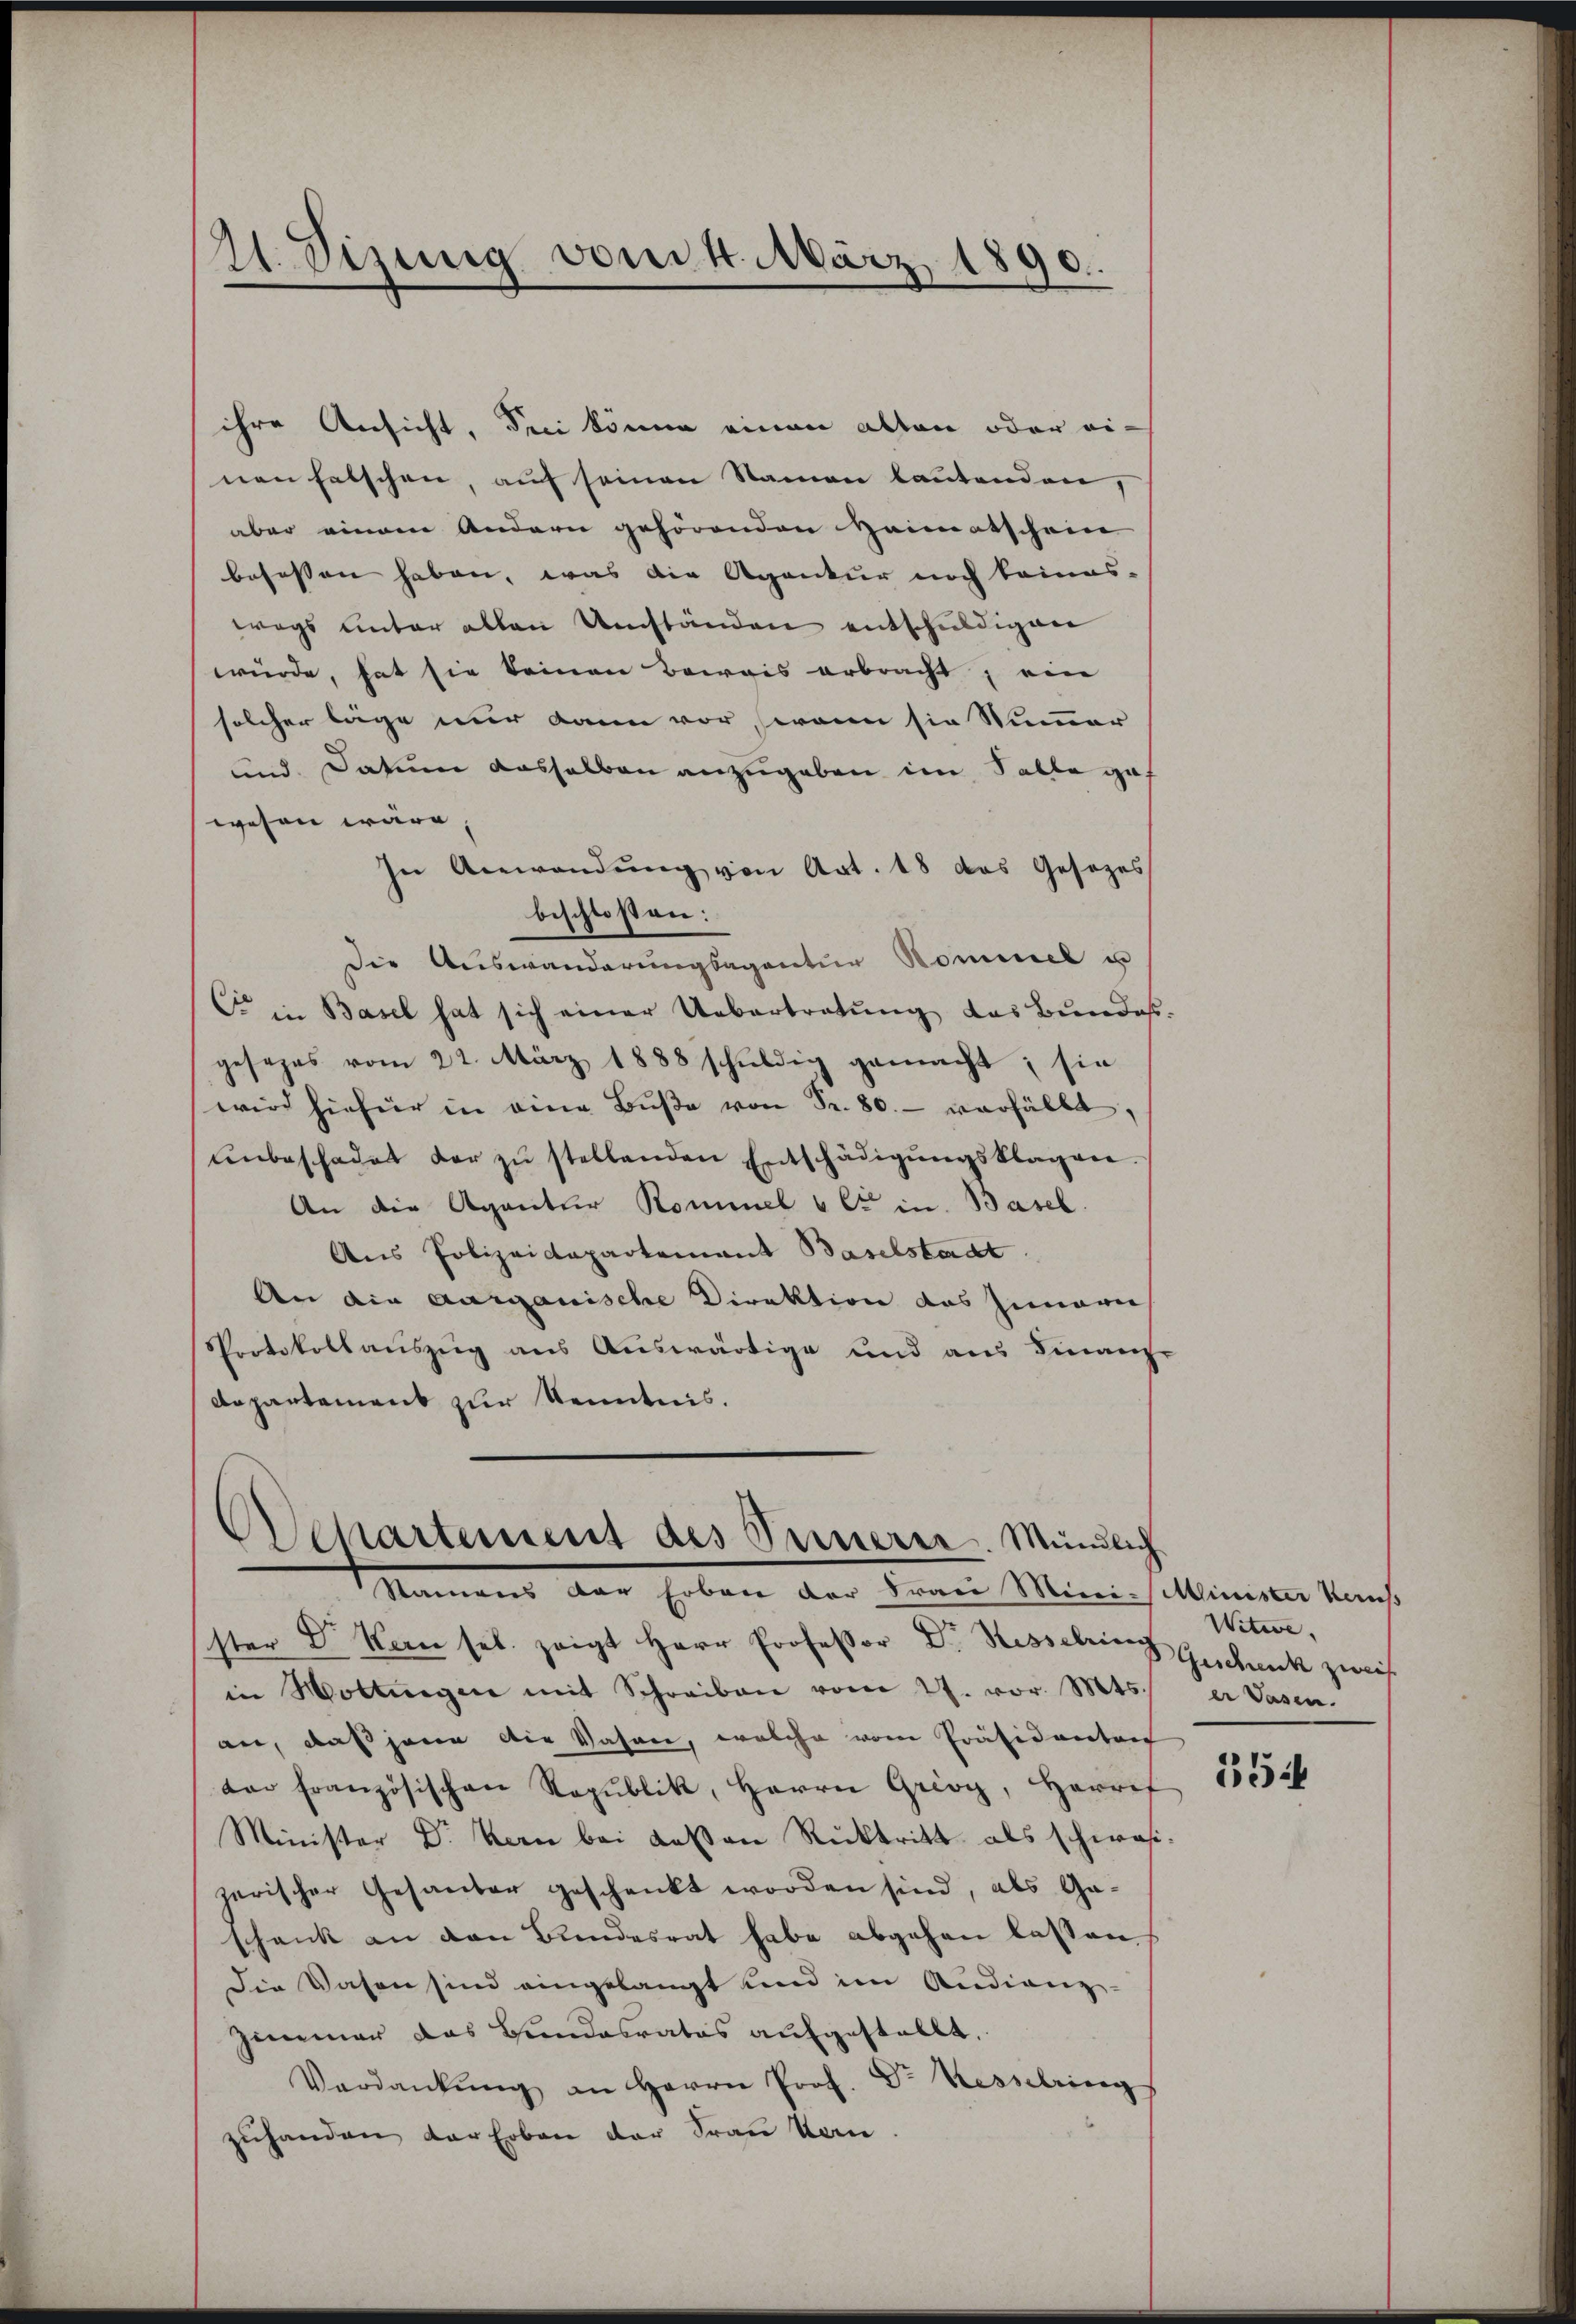
21. Sizung vom 4. März 1890.

ihre Ansicht, drei könne einen alten oder ei-
nen falschen, auf seinen Namen lautenden,
aber einem Andern gehörenden Heimatschein
befessen haben, was die Agentur noch keines-
wegs unter allen Umständen entschuldigen
würde, hat sie keinen Beweis erbracht, ein
solcher läge nur dann vor, wenn sie Nummer
und Datum dasselben anzugeben im Salle ga
wesen wäre
In Anwendŭng von Art. 18 das Gesetzes
beschlossen:
Die Auswanderungsagentur Kommel u
C in Basel hat sich einer Uebertretung das Bundes-
gesezes vom 22. März 1888 schŭldig gemacht; sie
wird hiefür in eine Bŭβe von Fr. 80. verfällt
ŭnbeschadet der zŭ stellenden Entschädigŭngsklagen
An die Agentur Kommel et in Basel.
Aus Polizeidepartement Baselstadt
An die aarganische Direktion das Innerie
Protokollauszug aus Auswärtige und aus Finanz
Departement zur Kenntnis.

Departement des Innerer. Mündlich
Nament der Erben der dienen Minisch kamen konst

ster Dr. Kan sel. zeigt Herr Professor Dr. Hesselring Geschank zweif
in Mottingen mit Schreiben vom 27. vor. Mts. er Vasen.
an, daß jene die Vasner, welche vom Präsidenten
or Französischen Republik, Herrn Grioy, Harrif
Minister Dr Kern bei deßen Rücktritt als schwasizerischer Gesander geschenkt worden sind, als Gaschenk an den Bundesrat habe abgehen lassen
Die Wasen sind eingelangt und im Audienz-
Zimmer das Bundesrates aufgestellt.
Verdankŭng an Herrn Prof. Dr Kesselring
zŭhanden der Erben der Frau kan

Witwe.

154